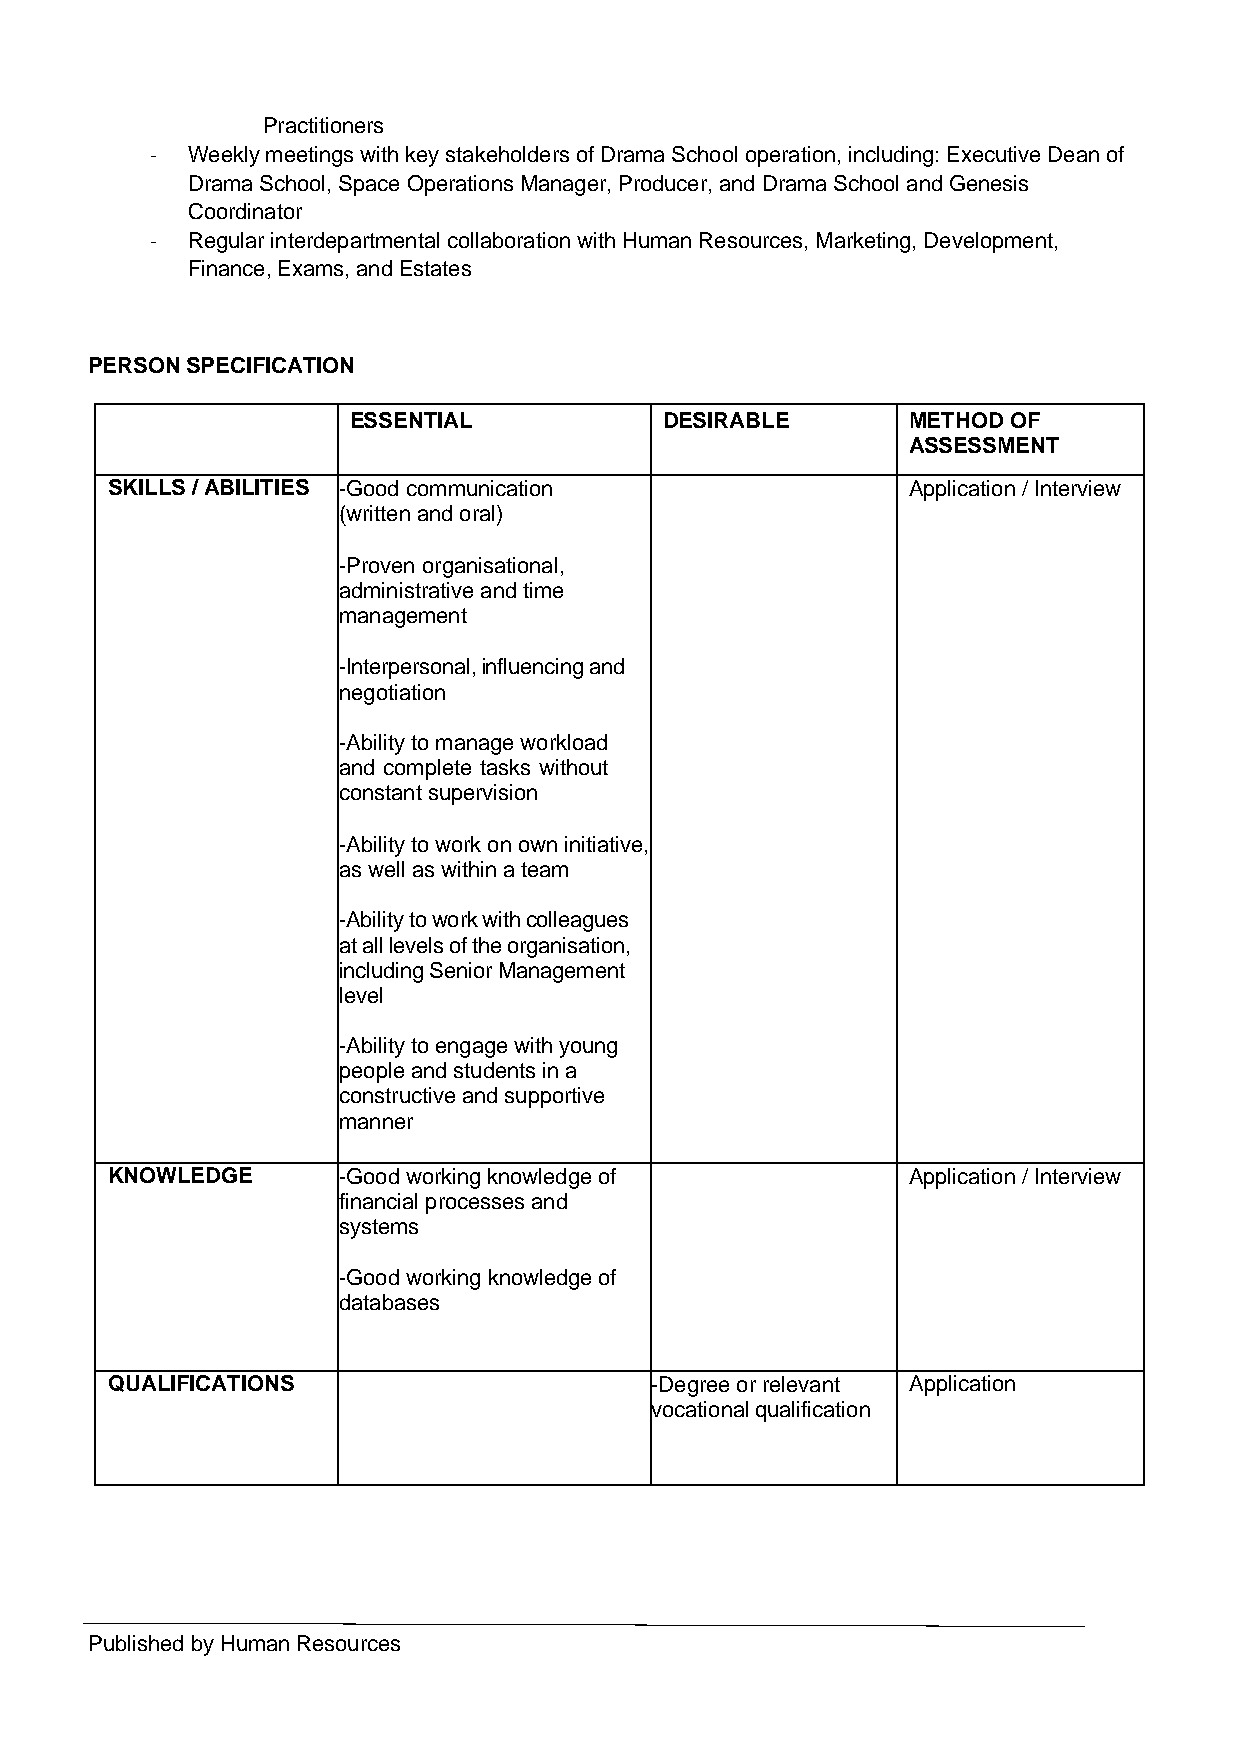
Practitioners
 - Weekly meetings with key stakeholders of Drama School operation, including: Executive Dean of
 Drama School, Space Operations Manager, Producer, and Drama School and Genesis
 Coordinator
 - Regular interdepartmental collaboration with Human Resources, Marketing, Development,
 Finance, Exams, and Estates
 PERSON SPECIFICATION
 ESSENTIAL            DESIRABLE       METHOD OF
 ASSESSMENT
 SKILLS / ABILITIES -Good communication               Application / Interview
 (written and oral)
 -Proven organisational,
 administrative and time
 management
 -Interpersonal, influencing and
 negotiation
 -Ability to manage workload
 and complete tasks without
 constant supervision
 -Ability to work on own initiative,
 as well as within a team
 -Ability to work with colleagues
 at all levels of the organisation,
 including Senior Management
 level
 -Ability to engage with young
 people and students in a
 constructive and supportive
 manner
 KNOWLEDGE      -Good working knowledge of            Application / Interview
 financial processes and
 systems
 -Good working knowledge of
 databases
 QUALIFICATIONS                      -Degree or relevant Application
 vocational qualification
 Published by Human Resources